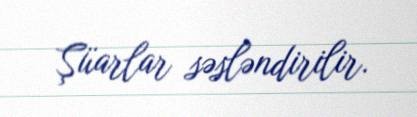
Şüarlar səsləndirilir.